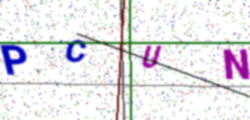
Text: PCUN